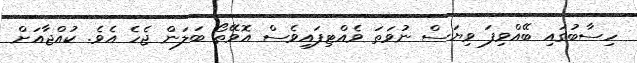
ހިސާބުގައި ބޭއްވިފަ ވިޔަސް ނުވަތަ ވެއްޓިފައިވެސް އޮވޭތޯ ބަލަން ޖެހެ އެވެ. ކުއްޖާއަށް